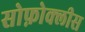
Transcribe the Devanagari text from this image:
सोफ़ोक्लीस